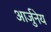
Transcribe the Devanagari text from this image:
आर्जुनेय